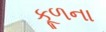
કૂળના